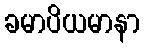
ခမာပိယမာနာ